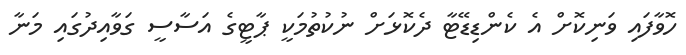
ހޮވާފައި ވަނިކޮށް އެ ކެންޑިޑޭޓާ ދެކޮޅަށް ނުކުތުމަކީ ޕާޓީގެ އަސާސީ ގަވާއިދުގައި މަނާ